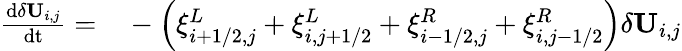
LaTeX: \begin{array}{rl}{\frac{\mathrm{d}\delta\mathbf{U}_{i,j}}{\mathrm{dt}}=}&{{}-\left(\xi_{i+1/2,j}^{L}+\xi_{i,j+1/2}^{L}+\xi_{i-1/2,j}^{R}+\xi_{i,j-1/2}^{R}\right)\delta\mathbf{U}_{i,j}}\end{array}